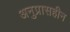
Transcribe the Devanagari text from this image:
अनुप्रासहीन